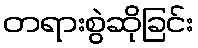
တရားစွဲဆိုခြင်း